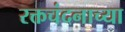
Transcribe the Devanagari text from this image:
रक्तचंदनाच्या